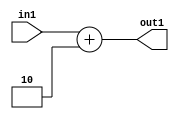
`timescale 1ps / 1ps
/*****************************************************************************
    Verilog RTL Description
    
    
    Created by: Stratus DpOpt 2019.1.01 
*******************************************************************************/

module DC_Filter_Add_12U_108_1 (
	in1,
	out1
	); /* architecture "behavioural" */ 
input [11:0] in1;
output [11:0] out1;
wire [11:0] asc001;

assign asc001 = 
	+(in1)
	+(12'B000000000010);

assign out1 = asc001;
endmodule

/* CADENCE  urnzQgo= : u9/ySgnWtBlWxVPRXgAZ4Og= ** DO NOT EDIT THIS LINE ******/